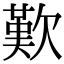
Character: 歎